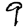
Digit: 9